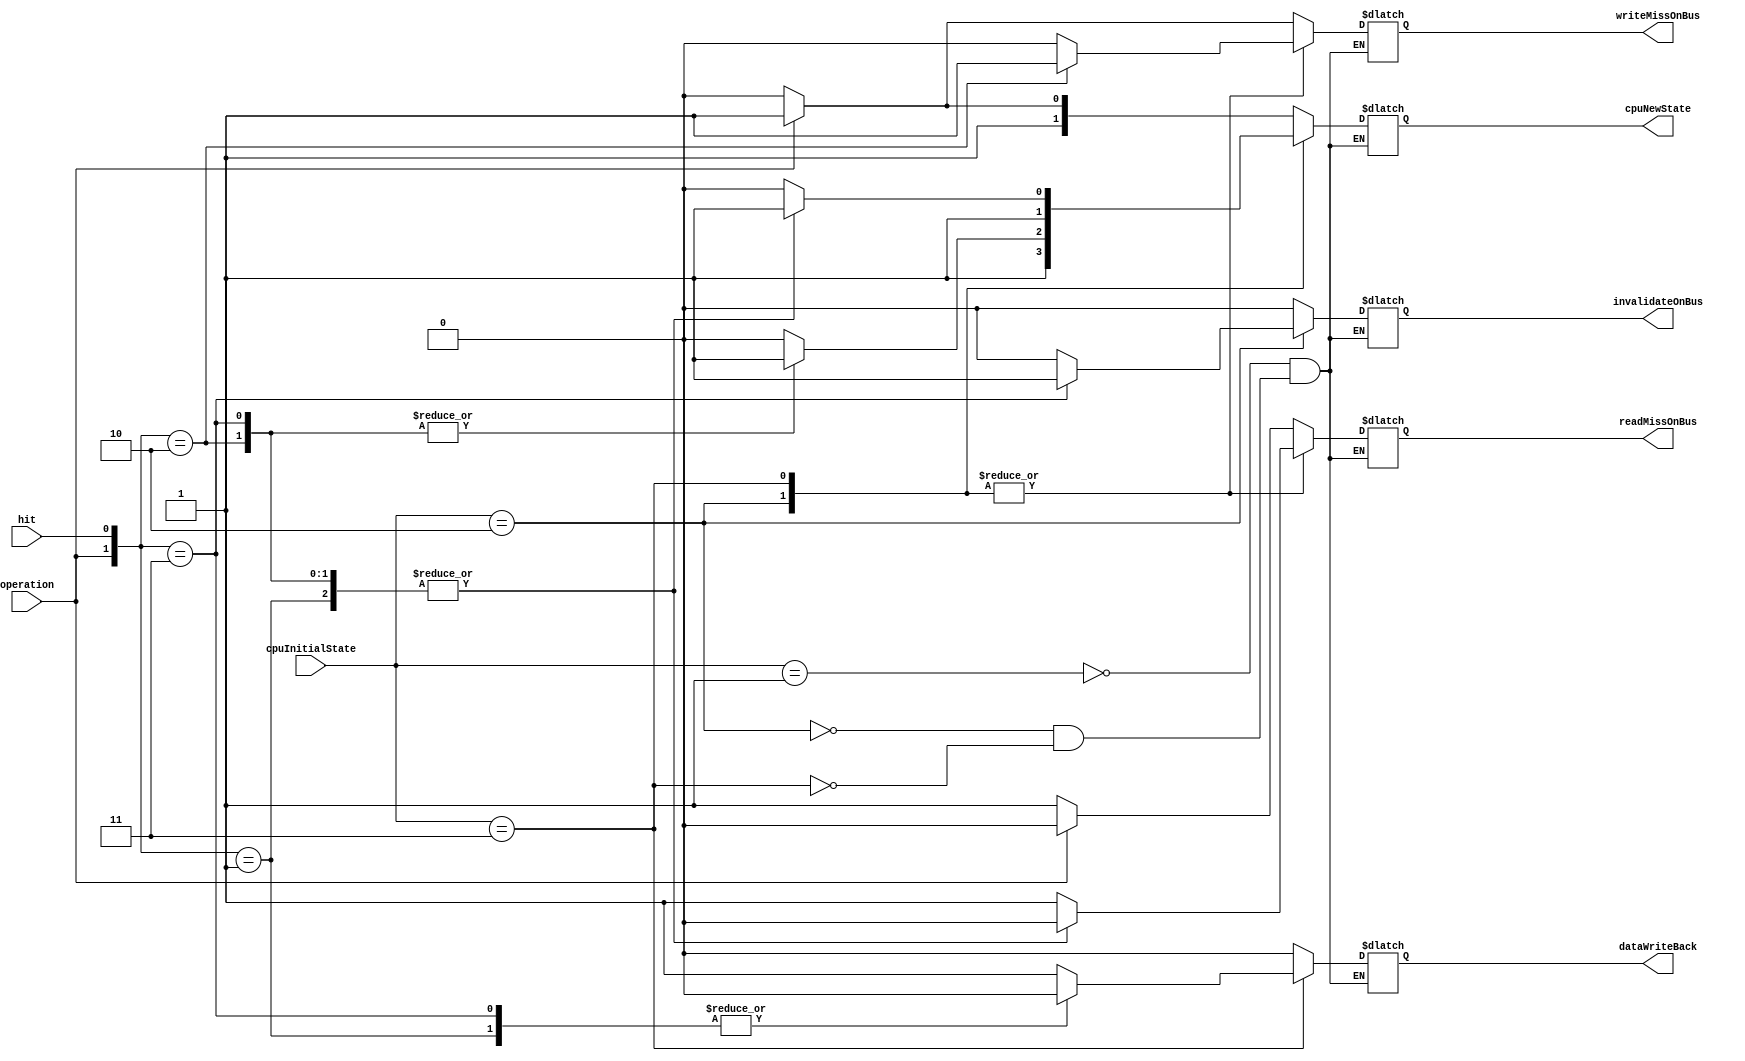
module directoryStateMachineCPU(
    input operation, hit, input[1:0] cpuInitialState, 
    output reg readMissOnBus, writeMissOnBus, invalidateOnBus, dataWriteBack, 
    output reg [1:0] cpuNewState
    );
//
//invalidate
//shared
//modified
//escrita 1, leitura 0
localparam INVALID = 2'b01, SHARED = 2'b10, MODIFIED = 2'b11;

initial begin
    readMissOnBus <= 1'b0;
    writeMissOnBus <= 1'b0;
    invalidateOnBus <= 1'b0;
    dataWriteBack <= 1'b0;
end

always @(*) begin
    case(cpuInitialState)
        INVALID: begin
            if(operation == 1'b0) begin //read
                cpuNewState <= SHARED;
                readMissOnBus <=  1'b1;
                writeMissOnBus <= 1'b0;
                invalidateOnBus <= 1'b0;
                dataWriteBack <= 1'b0;
            end 
            else if(operation==1'b1) begin //write
                cpuNewState <= MODIFIED;
                writeMissOnBus <= 1'b1;
                readMissOnBus <= 1'b0;
                invalidateOnBus <= 1'b0;
                dataWriteBack <= 1'b0;
            end
        end
        
        SHARED: begin
            case({operation, hit}) 
                2'b00: begin //read miss PRA ESCRITA SEMPRE MODIFIED
                    cpuNewState <= SHARED;
                    writeMissOnBus <= 1'b0;
                    invalidateOnBus <= 1'b0;
                    readMissOnBus <= 1'b1;
                    dataWriteBack <= 1'b0;
                end

                2'b01: begin //read hit
                    cpuNewState <= SHARED;
                    writeMissOnBus <= 1'b0;
                    invalidateOnBus <= 1'b0;
                    readMissOnBus <= 1'b0;
                    dataWriteBack <= 1'b0;
                end

                2'b10: begin // write miss
                    cpuNewState <= MODIFIED;
                    writeMissOnBus <= 1'b1;
                    invalidateOnBus <= 1'b0;
                    readMissOnBus <= 1'b0;
                    dataWriteBack <= 1'b0;
                end

                2'b11: begin // write hit
                    cpuNewState <= MODIFIED;
                    writeMissOnBus <= 1'b0;
                    invalidateOnBus <= 1'b1;
                    readMissOnBus <= 1'b0;
                    dataWriteBack <= 1'b0;
                end
            endcase
        end

        MODIFIED: begin
            case({operation, hit}) 
                2'b00: begin //read miss PRA ESCRITA SEMPRE MODIFIED
                    cpuNewState <= SHARED;
                    writeMissOnBus <= 1'b0;
                    invalidateOnBus <= 1'b0;
                    readMissOnBus <= 1'b1;
                    dataWriteBack <= 1'b1;
                end

                2'b01: begin //read hit
                    cpuNewState <= MODIFIED;
                    writeMissOnBus <= 1'b0;
                    invalidateOnBus <= 1'b0;
                    readMissOnBus <= 1'b0;
                    dataWriteBack <= 1'b0;
                end

                2'b10: begin // write miss
                    cpuNewState <= MODIFIED;
                    writeMissOnBus <= 1'b1;
                    invalidateOnBus <= 1'b0;
                    readMissOnBus <= 1'b0;
                    dataWriteBack <= 1'b1;
                end

                2'b11: begin // write hit
                    cpuNewState <= MODIFIED;
                    writeMissOnBus <= 1'b0;
                    invalidateOnBus <= 1'b0;
                    readMissOnBus <= 1'b0;
                    dataWriteBack <= 1'b0;
                end
            endcase
        end

    endcase
end

endmodule


module directoryStateMachineBus(
    input fetch, invalidate, 
    input[1:0] initialState, 
    output reg [1:0] busNewState, output reg busWriteBack, abortMemAccess);

localparam NONEMESSAGE = 2'b00, INVALID = 2'b01, SHARED = 2'b10, MODIFIED = 2'b11;

always @(*) begin
case (initialState)
    SHARED: begin
        if(invalidate == 1'b1)begin
            busNewState <= INVALID;
            busWriteBack <= 1'b0;
        end
    end

    INVALID: begin
        busNewState <= INVALID;
        busWriteBack<= 1'b0;
    end

    MODIFIED: begin
        if(fetch == 1'b1 & invalidate == 1'b1)begin
            busNewState <= INVALID;
            busWriteBack<= 1'b1;
        end 
        if(fetch == 1'b1) begin
            busNewState <= MODIFIED;
            busWriteBack <= 1'b1;
        end
    end
endcase
end
endmodule


module directoryFSM(
    input requester, readMiss, invalidate, writeMiss, dataWriteBack,
    input[1:0] initialState, input[3:0] ownersSharers, 
    output reg[1:0] directoryNewState, output reg directoryFetch, 
    directoryInvalidate, dataValueReply, output reg [3:0] dataSharers
    );

localparam NONEMESSAGE = 2'b00, UNCACHED = 2'b01, SHARED = 2'b10, MODIFIED = 2'b11;

always @(*) begin
    case (initialState)
        SHARED: begin
            if(readMiss == 1'b1) begin //readmiss
                dataValueReply <= 1'b1;
                directoryFetch <= 1'b0;
                directoryInvalidate <= 1'b0; 
                directoryNewState <= SHARED;
                if (requester == 1'b1) begin
                    dataSharers <= {ownersSharers[3:2],1'b1,ownersSharers[0]};
                end
                else if(requester == 1'b0) begin
                    dataSharers <= {ownersSharers[3:1],1'b1};
                end
            end
            if(writeMiss == 1'b1) begin //write miss
                dataValueReply <= 1'b1;
                directoryFetch <= 1'b0;
                directoryInvalidate <= 1'b1; 
                directoryNewState <= MODIFIED;
                if (requester == 1'b1) begin
                    dataSharers <= {ownersSharers[3:2],2'b10};
                end
                else if(requester == 1'b0) begin
                    dataSharers <= {ownersSharers[3:2],2'b01};
                end
            end
        end
        UNCACHED: begin //uncached
            if(readMiss == 1'b1) begin //readmiss
                dataValueReply <= 1'b1;
                directoryFetch <= 1'b0;
                directoryInvalidate <= 1'b0; 
                directoryNewState <= SHARED;
                if (requester == 1'b1) begin
                    dataSharers <= {ownersSharers[3:2],2'b10};
                end
                else if(requester == 1'b0) begin
                    dataSharers <= {ownersSharers[3:2],2'b01};
                end
            end
            if(writeMiss == 1'b1) begin
                dataValueReply <= 1'b1;
                directoryFetch <= 1'b0;
                directoryInvalidate <= 1'b0; 
                directoryNewState <= MODIFIED;
                if (requester == 1'b1) begin
                    dataSharers <= {ownersSharers[3:2],2'b10};
                end
                else if(requester == 1'b0) begin
                    dataSharers <= {ownersSharers[3:2],2'b01};
                end
            end
        end
        MODIFIED: begin
            if(readMiss == 1'b1) begin //readmiss
                dataValueReply <= 1'b1;
                directoryFetch <= 1'b1;
                directoryInvalidate <= 1'b0; 
                directoryNewState <= SHARED;
                if (requester == 1'b1) begin
                    dataSharers <= {ownersSharers[3:2],1'b1,ownersSharers[0]};
                end
                else if(requester == 1'b0) begin
                    dataSharers <= {ownersSharers[3:1],1'b1};
                end
            end
            else if(writeMiss == 1'b1) begin
                dataValueReply <= 1'b1;
                directoryFetch <= 1'b1;
                directoryInvalidate <= 1'b1; 
                directoryNewState <= MODIFIED;
                if (requester == 1'b1) begin
                    dataSharers <= {ownersSharers[3:2],2'b10};
                end
                else if(requester == 1'b0) begin
                    dataSharers <= {ownersSharers[3:2],2'b01};
                end
            end
            else if (dataWriteBack == 1'b1) begin
                dataValueReply <= 1'b0;
                directoryFetch <= 1'b0;
                directoryInvalidate <= 1'b0; 
                directoryNewState <= UNCACHED;
                dataSharers <= {ownersSharers[3:2],2'b00};
            end
        end
        default: begin
            
        end
    endcase
end
endmodule